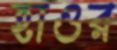
হাওর